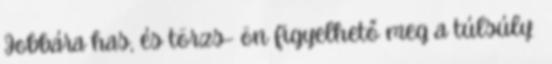
Jobbára has, és törzs- ön figyelhető meg a túlsúly